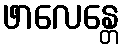
ဖာလေန္တေ